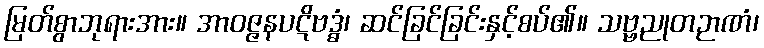
မြတ်စွာဘုရားအား။ အာဝဇ္ဇနပဋိဗဒ္ဓံ၊ ဆင်ခြင်ခြင်းနှင့်စပ်၏။ သဗ္ဗညုတဉာဏံ၊